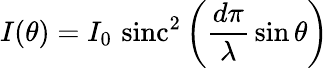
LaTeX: I(\theta)=I_{0}\, \operatorname{sinc}^{2}\left({\frac{d\pi}{\lambda}}\sin\theta\right)